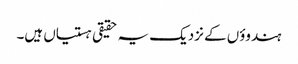
ہندوؤں کے نزدیک یہ حقیقی ہستیاں ہیں۔